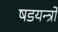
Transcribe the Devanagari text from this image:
षडयन्त्रो